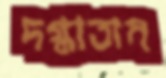
দগ্ধাতাম